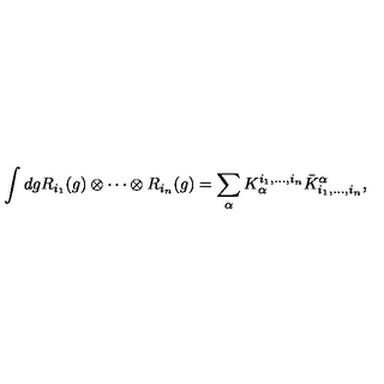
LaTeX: \int d g R _ { i _ { 1 } } ( g ) \otimes \cdots \otimes R _ { i _ { n } } ( g ) = \sum _ { \alpha } K _ { \alpha } ^ { i _ { 1 } , \ldots , i _ { n } } { \bar { K } ^ { \alpha } } _ { i _ { 1 } , \ldots , i _ { n } } ,